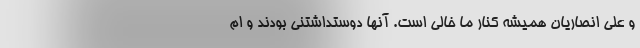
و علی انصاریان همیشه کنار ما خالی است. آنها دوستداشتنی بودند و ام